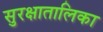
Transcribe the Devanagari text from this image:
सुरक्षातालिका